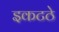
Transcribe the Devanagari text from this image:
इकटठे